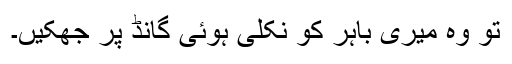
تو وہ میری باہر کو نکلی ہوئی گانڈ پر جھکیں۔